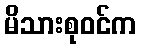
မိသားစုဝင်က